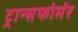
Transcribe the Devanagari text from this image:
ट्रान्सफोर्मर